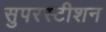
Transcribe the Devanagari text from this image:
सुपरस्टीशन